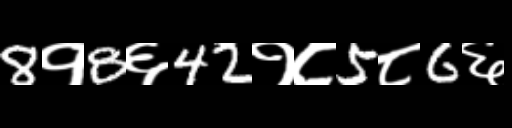
Text: 8१8६42१८5८6६